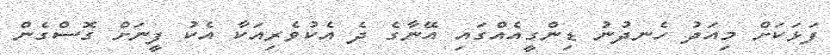
ފަޅަކަށް މިއަދު ހެނދުނު ޑިންގީއެއްގައި އޭނާގެ ދެ އެކުވެރިއަކާ އެކު ފީނަށް ގޮސްގެން